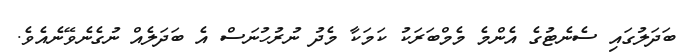
ބަދަލުގައި ސެނެޓުގެ އެންމެ މެމްބަރަކު ކަމަކާ މެދު ނުރުހުނަސް އެ ބަދަލެއް ނުގެނެވޭނެއެވެ.